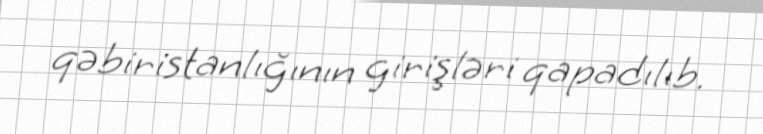
qəbiristanlığının girişləri qapadılıb.